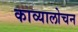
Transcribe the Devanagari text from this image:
काव्यालोचन